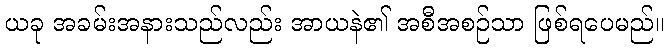
ယခု အခမ်းအနားသည်လည်း အာယနဲ၏ အစီအစဉ်သာ ဖြစ်ရပေမည်။